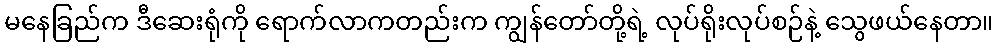
မနေခြည်က ဒီဆေးရုံကို ရောက်လာကတည်းက ကျွန်တော်တို့ရဲ့ လုပ်ရိုးလုပ်စဉ်နဲ့ သွေဖယ်နေတာ။